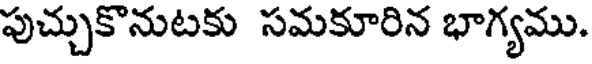
పుచ్చుకొనుటకు సమకూరిన భాగ్యము.